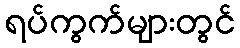
ရပ်ကွက်များတွင်